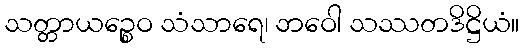
သတ္တာယဉ္စေဝ သံသာရေ၊ ဘဝေါ သဿတဒိဋ္ဌိယံ။